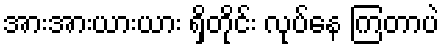
အားအားယားယား ရှိတိုင်း လုပ်နေ ကြတာပဲ